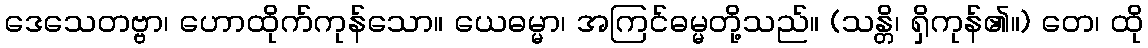
ဒေသေတဗ္ဗာ၊ ဟောထိုက်ကုန်သော။ ယေဓမ္မာ၊ အကြင်ဓမ္မတို့သည်။ (သန္တိ၊ ရှိကုန်၏။) တေ၊ ထို